Tartu_linnavalitsus, lk 22
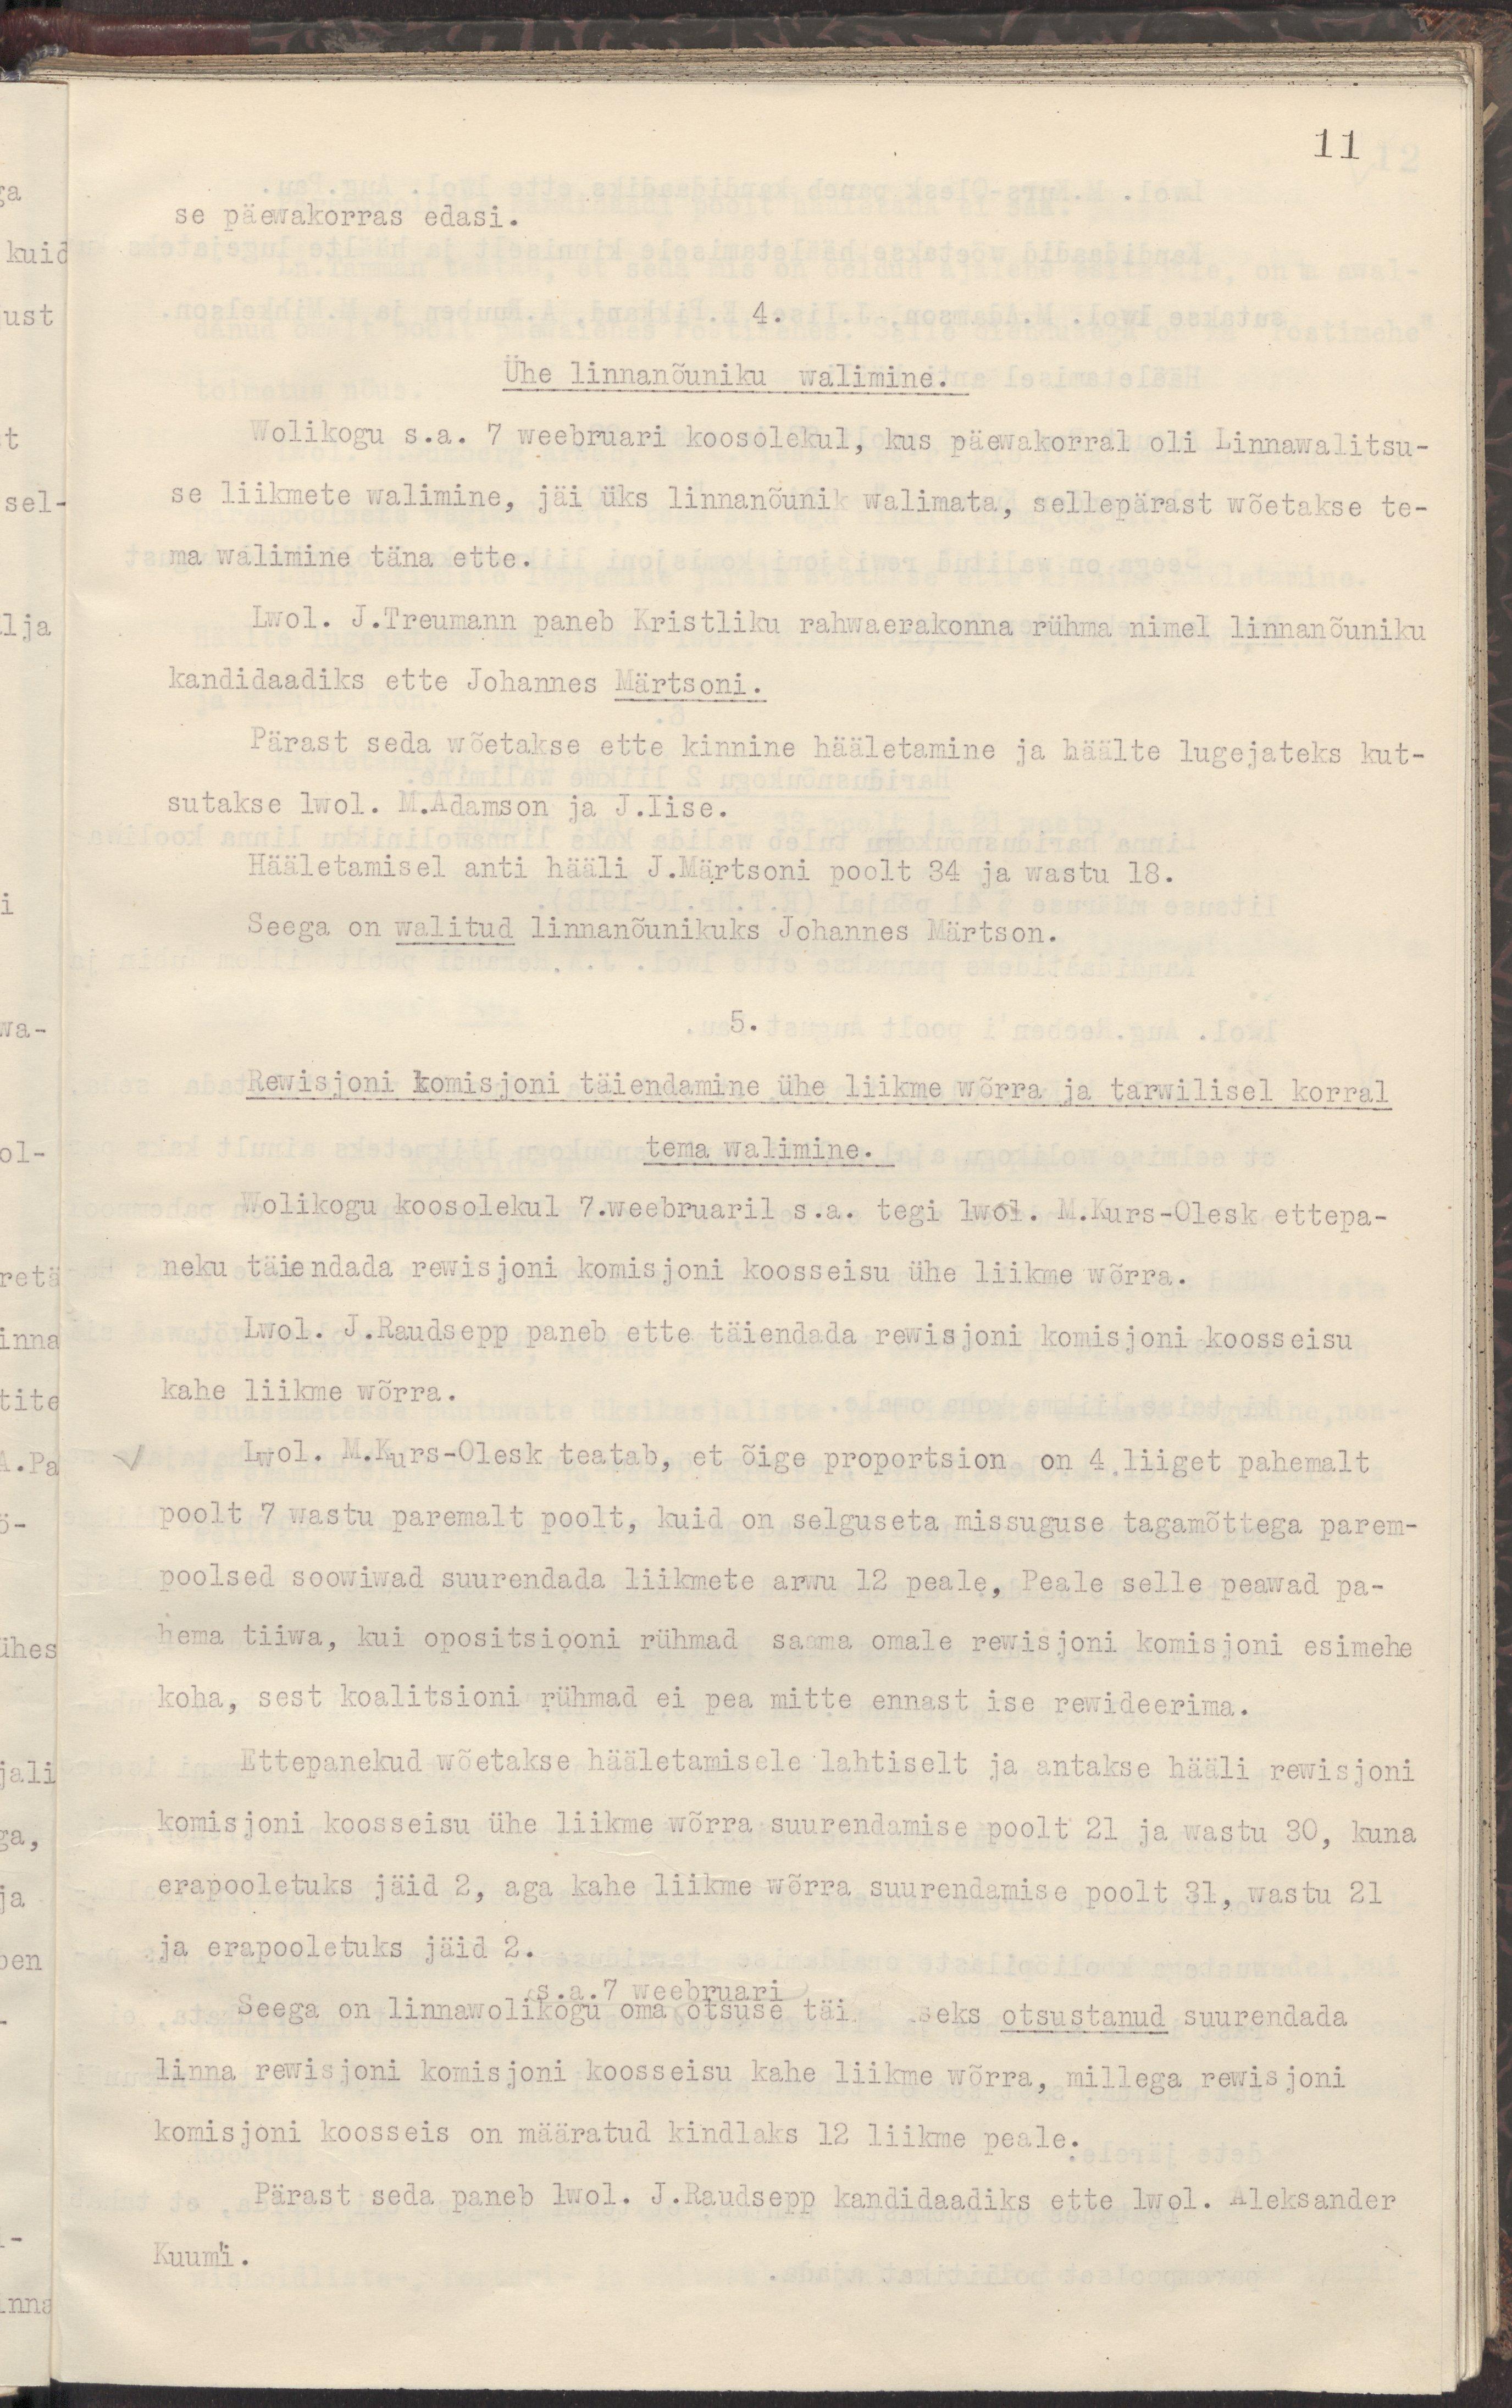
11
se päewakorras edasi.
4.
Ühe linnanõuniku walimine.
Wolikogu s.a. 7 weebruari koosolekul, kus päewakorral oli Linnawalitsu-
se liikmete walimine, jäi üks linnanõunik walimata, sellepärast wõetakse te-
ma walimine täna ette.
Lwol. J.Treumann paneb Kristliku rahwaerakonna rühma nimel linnanõuniku
kandidaadiks ette Johannes Märtsoni.
Pärast seda wõetakse ette kinnine hääletamine ja häälte lugejateks kut-
sutakse lwol. M.Adamson ja J.Iise.
Hääletamisel anti hääli J.Märtsoni poolt 34 ja wastu 18.
Seega on walitud linnanõunikuks Johannes Märtson.
5.
Rewisjoni komisjoni täiendamine ühe liikme wõrra ja tarwilisel korral
tema walimine.
Wolikogu koosolekul 7.weebruaril s.a. tegi lwol. M.Kurs-Olesk ettepa-
neku täiendada rewisjoni komisjoni koosseisu ühe liikme wõrra.
Lwol. J.Raudsepp paneb ette täiendada rewisjoni komisjoni koosseisu
kahe liikme wõrra.
Lwol. M.Kurs-Olesk teatab, et õige proportsion on 4 liiget pahemalt
poolt 7 wastu paremalt poolt, kuid on selguseta missuguse tagamõttega parem-
poolsed soowiwad suurendada liikmete arwu 12 peale, Peale selle peawad pa-
hema tiiwa, kui opositsiooni rühmad saama omale rewisjoni komisjoni esimehe
koha, sest koalitsioni rühmad ei pea mitte ennast ise rewideerima.
Ettepanekud wõetakse hääletamisele lahtiselt ja antakse hääli rewisjoni
komisjoni koosseisu ühe liikme wõrra suurendamise poolt 21 ja wastu 30, kuna
erapooletuks jäid 2, aga kahe liikme wõrra suurendamise poolt 31, wastu 21
ja erapooletuks jäid 2.
s.a. 7 weebruari
Seega on linnawolikogu oma otsuse täi  eks otsustanud suurendada
linna rewisjoni komisjoni koosseisu kahe liikme wõrra, millega rewisjoni
komisjoni koosseis on määratud kindlaks 12 liikme peale.
Pärast seda paneb lwol. J.Raudsepp kandidaadiks ette lwol. Aleksander
Kuum'i.